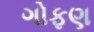
ગોફણ